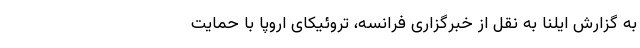
به گزارش ایلنا به نقل از خبرگزاری فرانسه، تروئیکای اروپا با حمایت